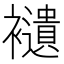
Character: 𧞸